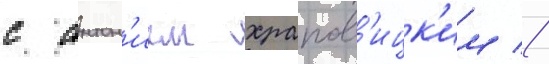
с антон'ием храпов'ицк'им //